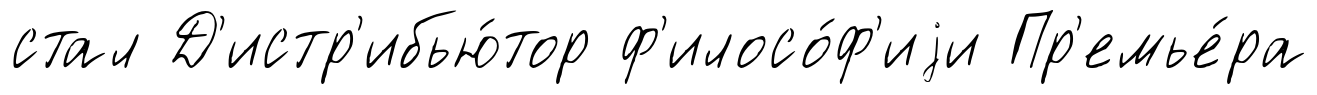
стал Д'истр'ибью́тор ф'илосо́ф'иjи Пр'емье́ра